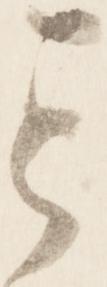
其